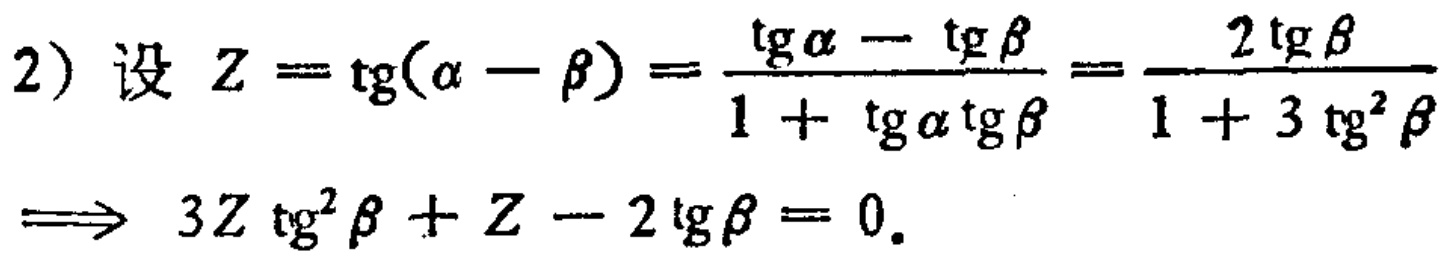
\[

\begin{align*}

&2）设\ Z = \tg(\alpha - \beta)=\frac{\tg\alpha - \tg\beta}{1 + \tg\alpha\tg\beta}=\frac{2\tg\beta}{1 + 3\tg^{2}\beta}\\

&\Longrightarrow 3Z\tg^{2}\beta+Z - 2\tg\beta = 0.

\end{align*}

\]